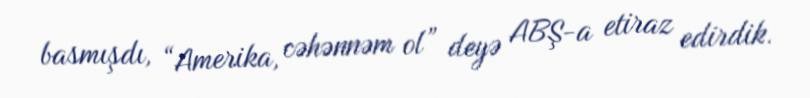
basmışdı, “Amerika, cəhənnəm ol” deyə ABŞ-a etiraz edirdik.